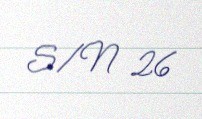
S/N 26